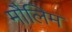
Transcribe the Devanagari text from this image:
मौलिम